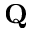
{ \bf Q }